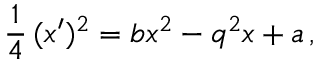
\frac { 1 } { 4 } \, ( x ^ { \prime } ) ^ { 2 } = b x ^ { 2 } - q ^ { 2 } x + a \, ,